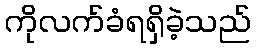
ကိုလက်ခံရရှိခဲ့သည်